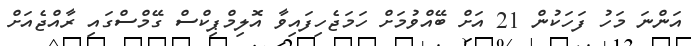
އަންނަ މަހު ފަހަކުން 21 އަށް ބޭއްވުމަށް ހަމަޖެހިފައިވާ އޮލިމްޕިކްސް ގޭމްސްގައި ރާއްޖެއަށް